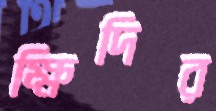
ক্ষিদির